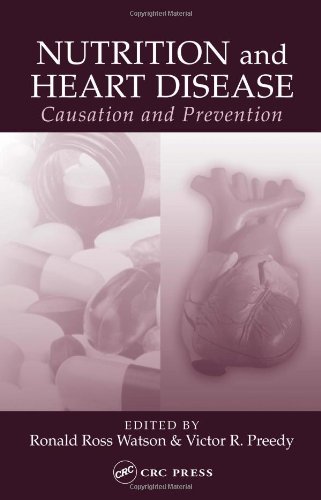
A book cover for Nutrition and Heart Disease: Causation and Prevention; Health, Fitness & Dieting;